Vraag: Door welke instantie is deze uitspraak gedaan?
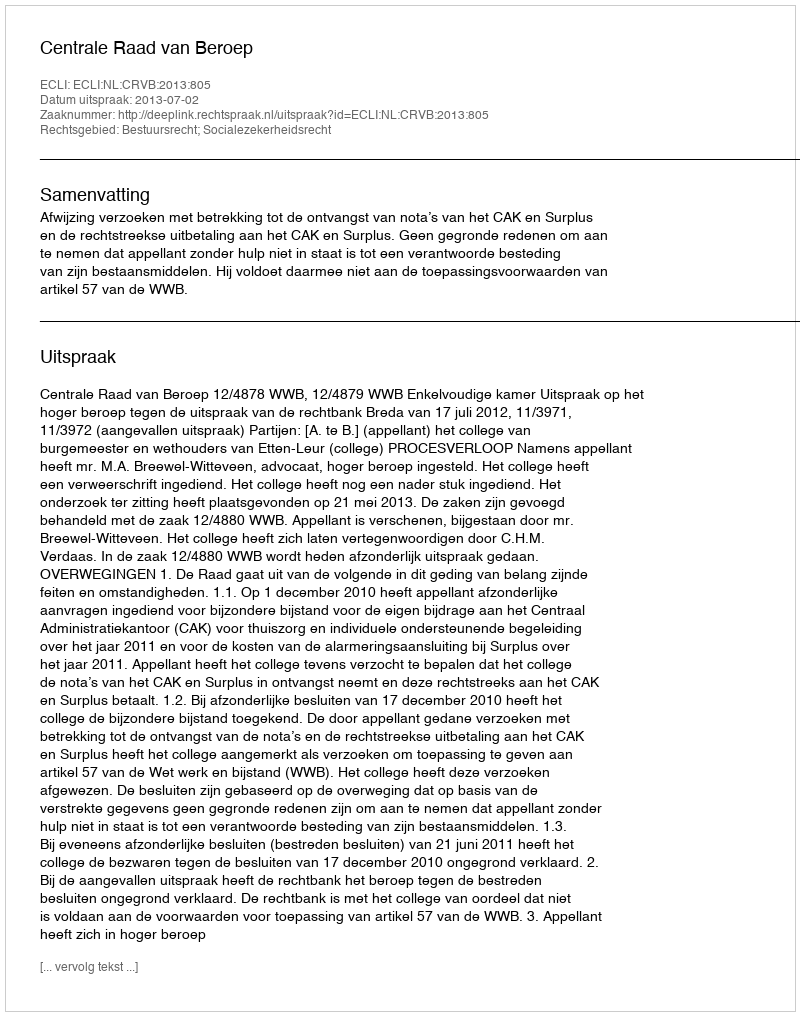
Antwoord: Centrale Raad van Beroep